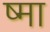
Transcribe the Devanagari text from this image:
ष्मा